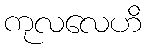
ကုလလေဟိ